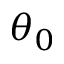
\theta _ { 0 }